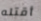
أقتله